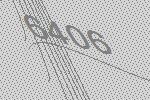
6406